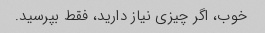
خوب، اگر چیزی نیاز دارید، فقط بپرسید.